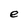
Character: e